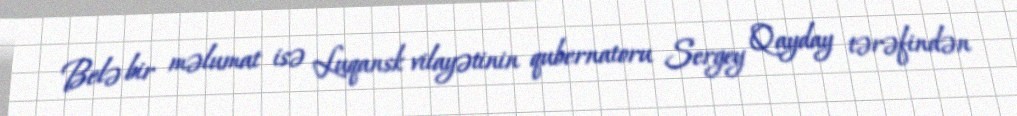
Belə bir məlumat isə Luqansk vilayətinin qubernatoru Sergey Qayday tərəfindən